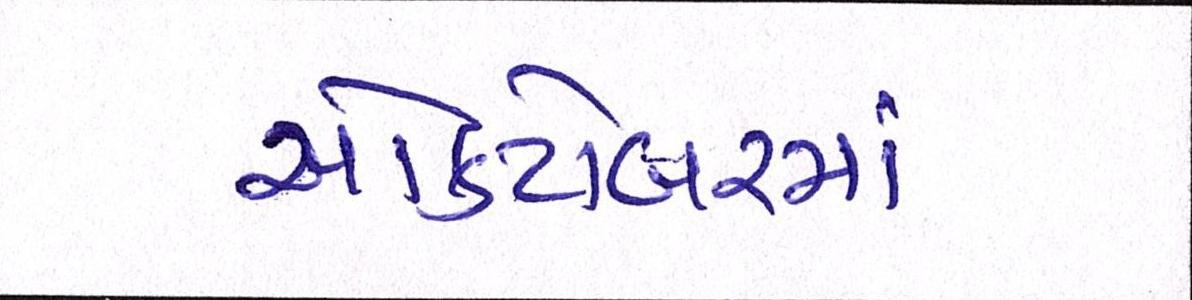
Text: ઓક્ટોબરમાં